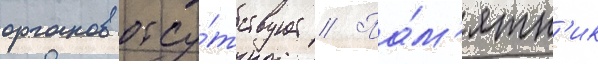
органов отсу́тствует // Па́м'ятн'ик